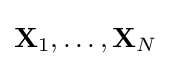
\mathbf {X} _{1},\dots ,\mathbf {X} _{N}